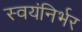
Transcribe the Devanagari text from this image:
स्‍वयंनिर्भर